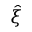
\hat { \xi }